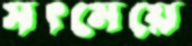
সৎমেয়ে